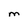
Character: M